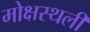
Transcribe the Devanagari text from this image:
मोक्षस्थली